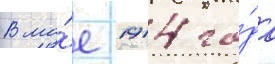
В ма́е 1914 го́да